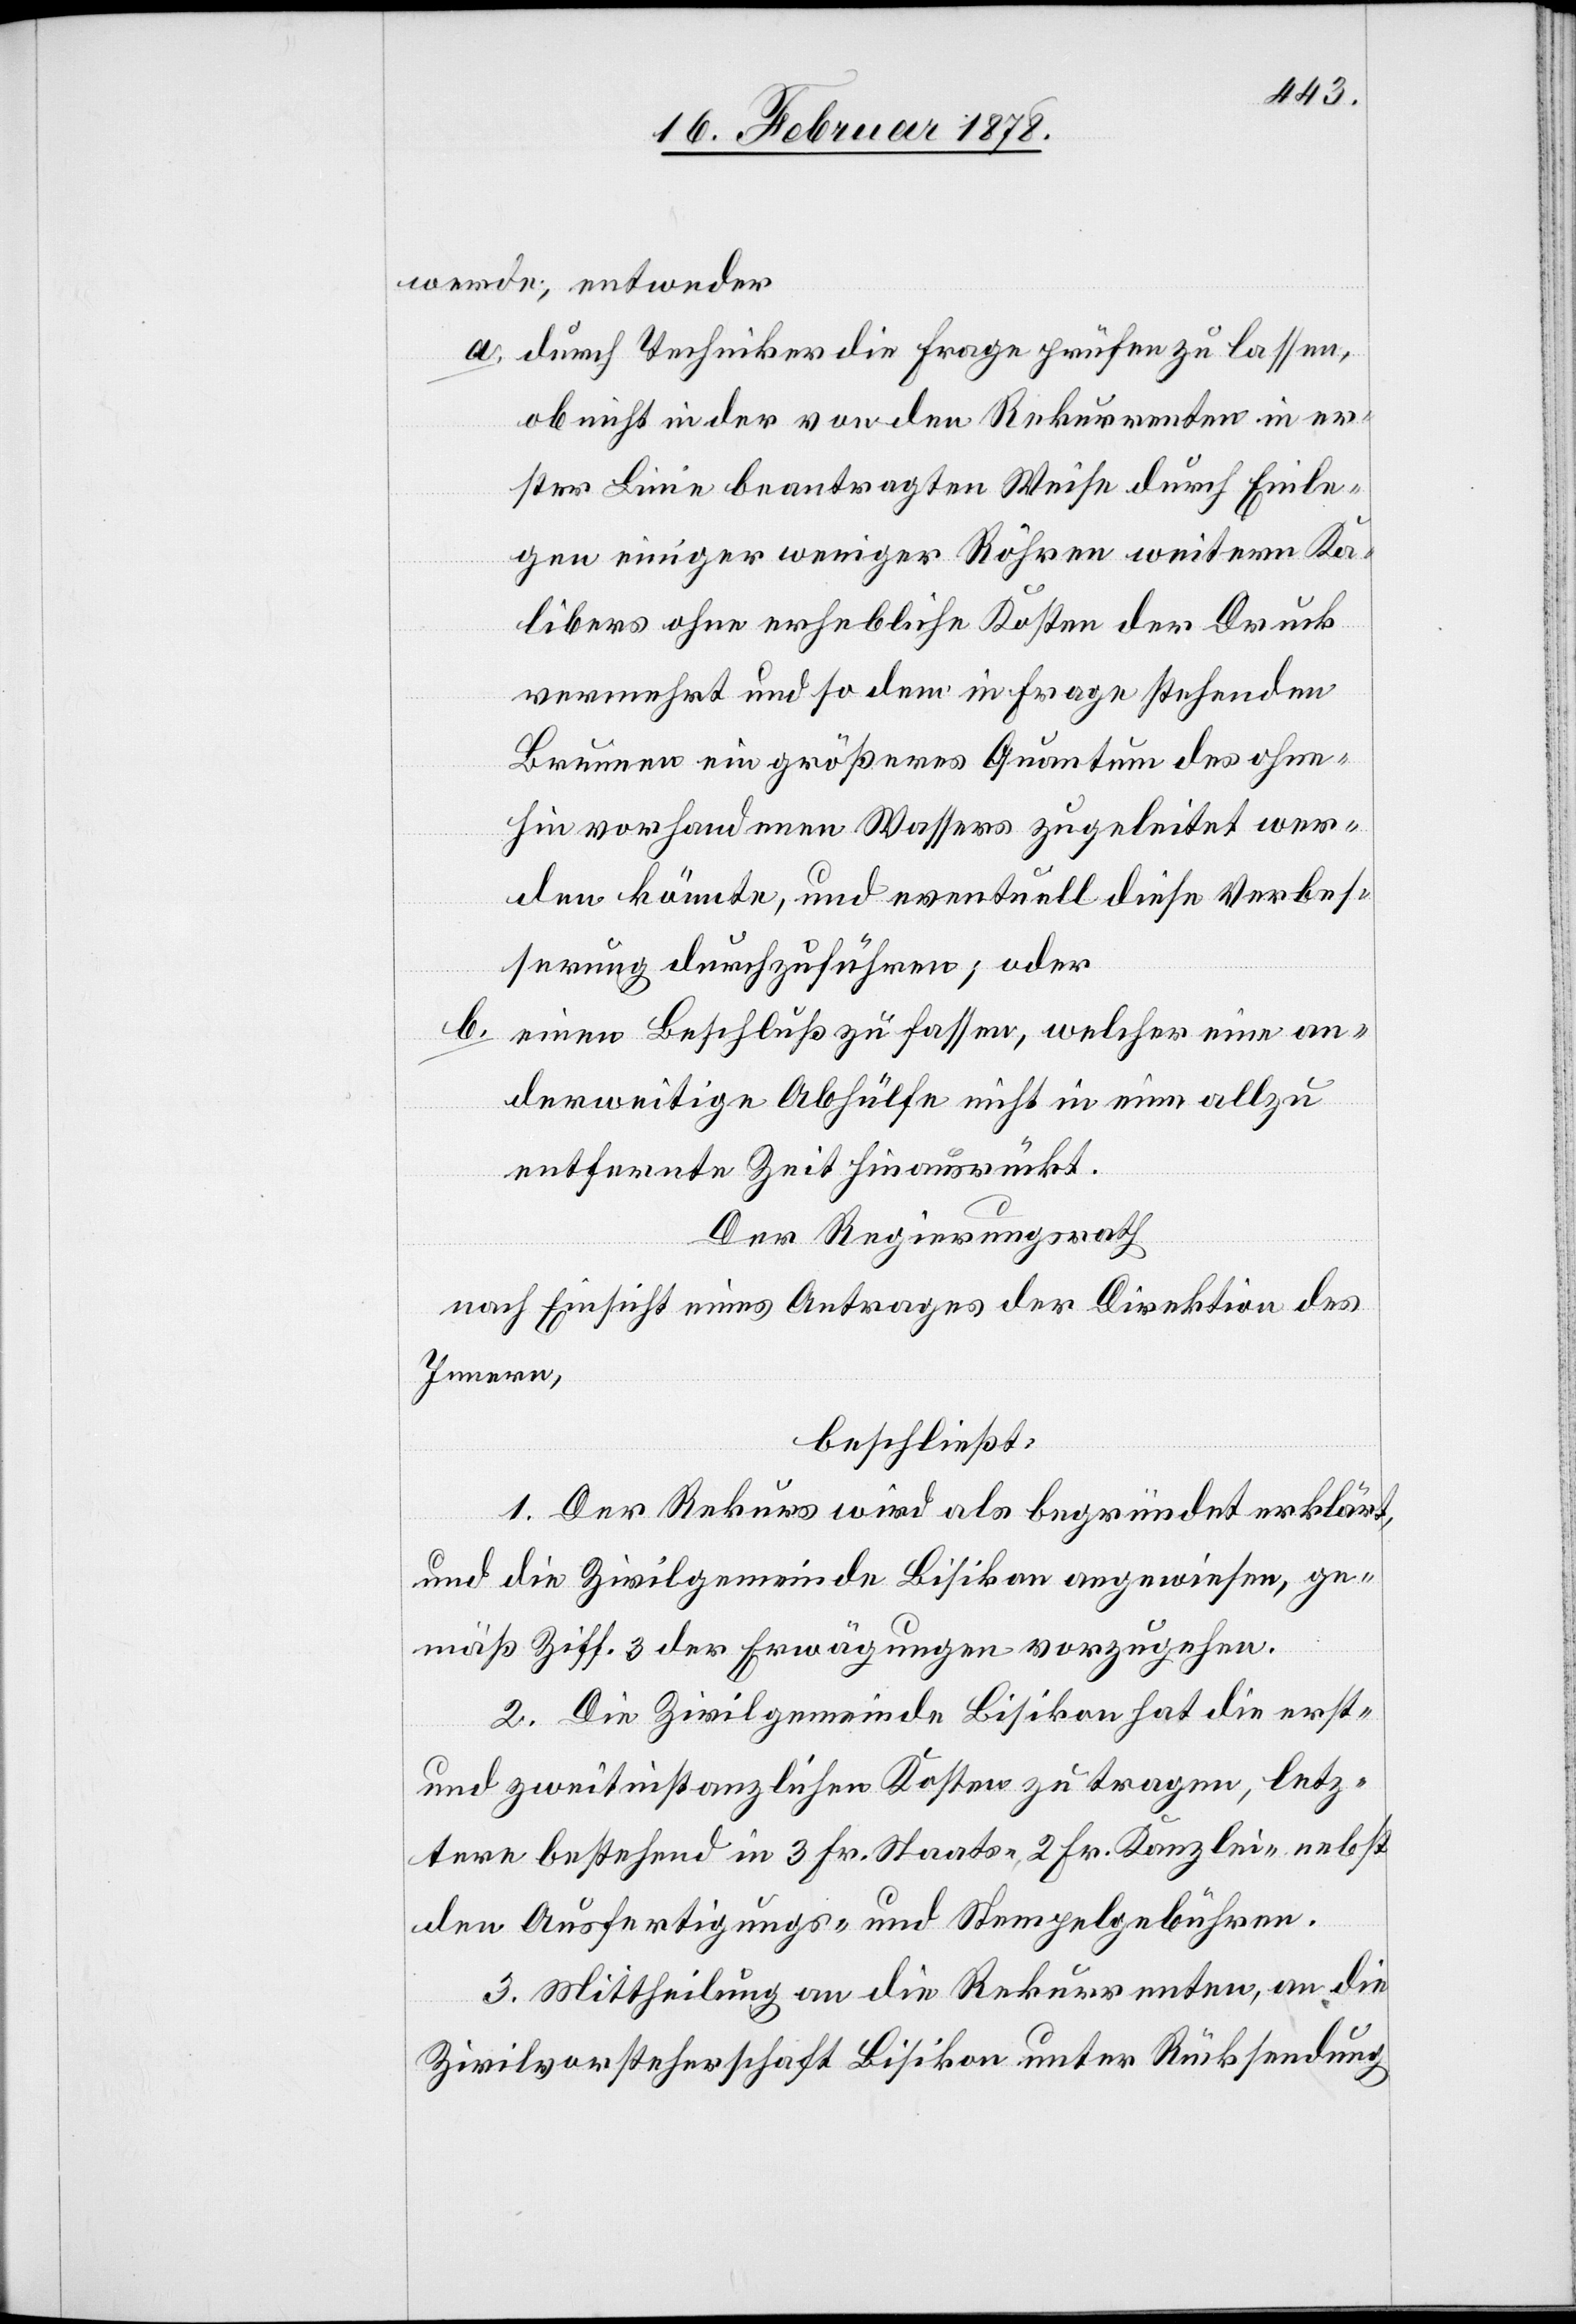
werde, entweder
a. durch Techniker die Frage prüfen zu lassen,
ob nicht in der von den Rekurrenten in er¬
ster Linie beantragten Weise durch Einle¬
gen einiger weniger Röhren weitern Ka¬
libers ohne erhebliche Kosten der Druck
vermehrt und so dem in Frage stehenden
Brunnen ein größeres Quantum des ohne¬
hin vorhandenen Wassers zugeleitet wer¬
den könnte, und eventuell diese Verbes¬
serung durchzuführen; oder
b.
einen Beschluß zu fassen, welcher eine an¬
derweitige Abhülfe nicht in eine allzu
entfernte Zeit hinausrückt.
Der Regierungsrath
nach Einsicht eines Antrages der Direktion des
Innern,
beschließt:
1. Der Rekurs wird als begründet erklärt,
und die Zivilgemeinde Bisikon angewiesen, ge¬
mäß Ziff. 3 der Erwägungen vorzugehen.
2. Die Zivilgemeinde Bisikon hat die erst-
und zwetinstanzlichen Kosten zu tragen, letz¬
tere bestehend in 3 Fr. Staats-[,] 2 Fr. Kanzlei-[,] nebst
den Ausfertigungs- und Stempelgebühren.
3. Mittheilung an die Rekurrenten, an die
Zivilvorsteherschaft Bisikon unter Rücksendung